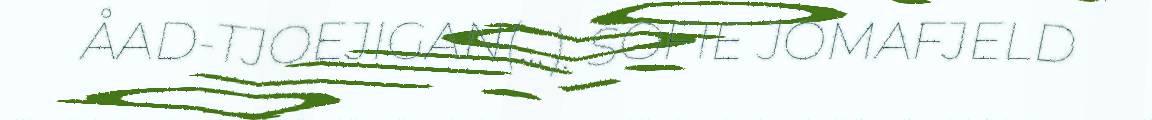
ÅAD-TJOEJIGAN(...). SOFIE JOMAFJELD